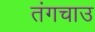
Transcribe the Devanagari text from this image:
तंगचाउ